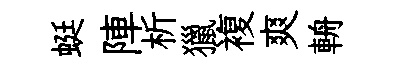
蜓陣析獵複爽輈